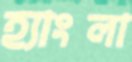
হ্যাংলা